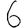
Digit: 6